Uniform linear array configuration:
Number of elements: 16
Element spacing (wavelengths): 0.25
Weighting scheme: exponential
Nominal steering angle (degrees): -45
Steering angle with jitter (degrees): -46.243
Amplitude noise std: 0.05
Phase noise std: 0.05

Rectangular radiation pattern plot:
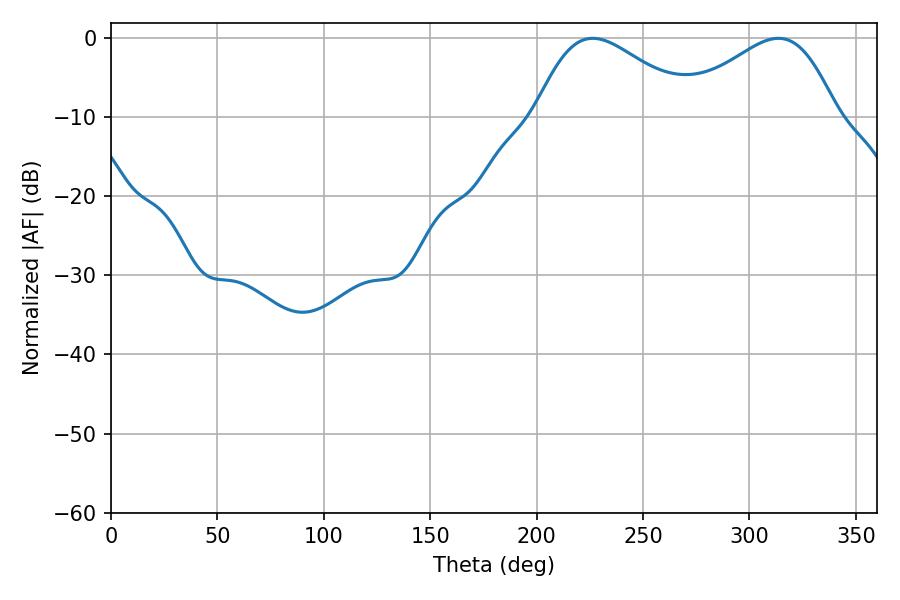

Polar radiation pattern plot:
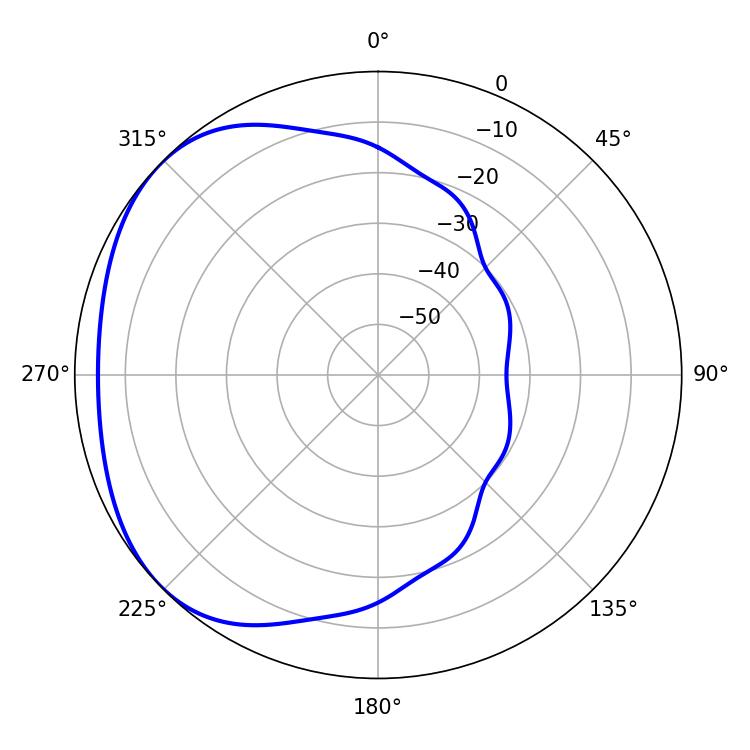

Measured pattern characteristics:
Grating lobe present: FALSE
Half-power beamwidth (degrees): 39.78
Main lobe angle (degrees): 226.44